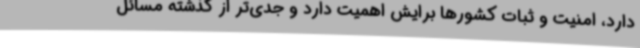
دارد، امنیت و ثبات کشورها برایش اهمیت دارد و جدی‌تر از گذشته مسائل